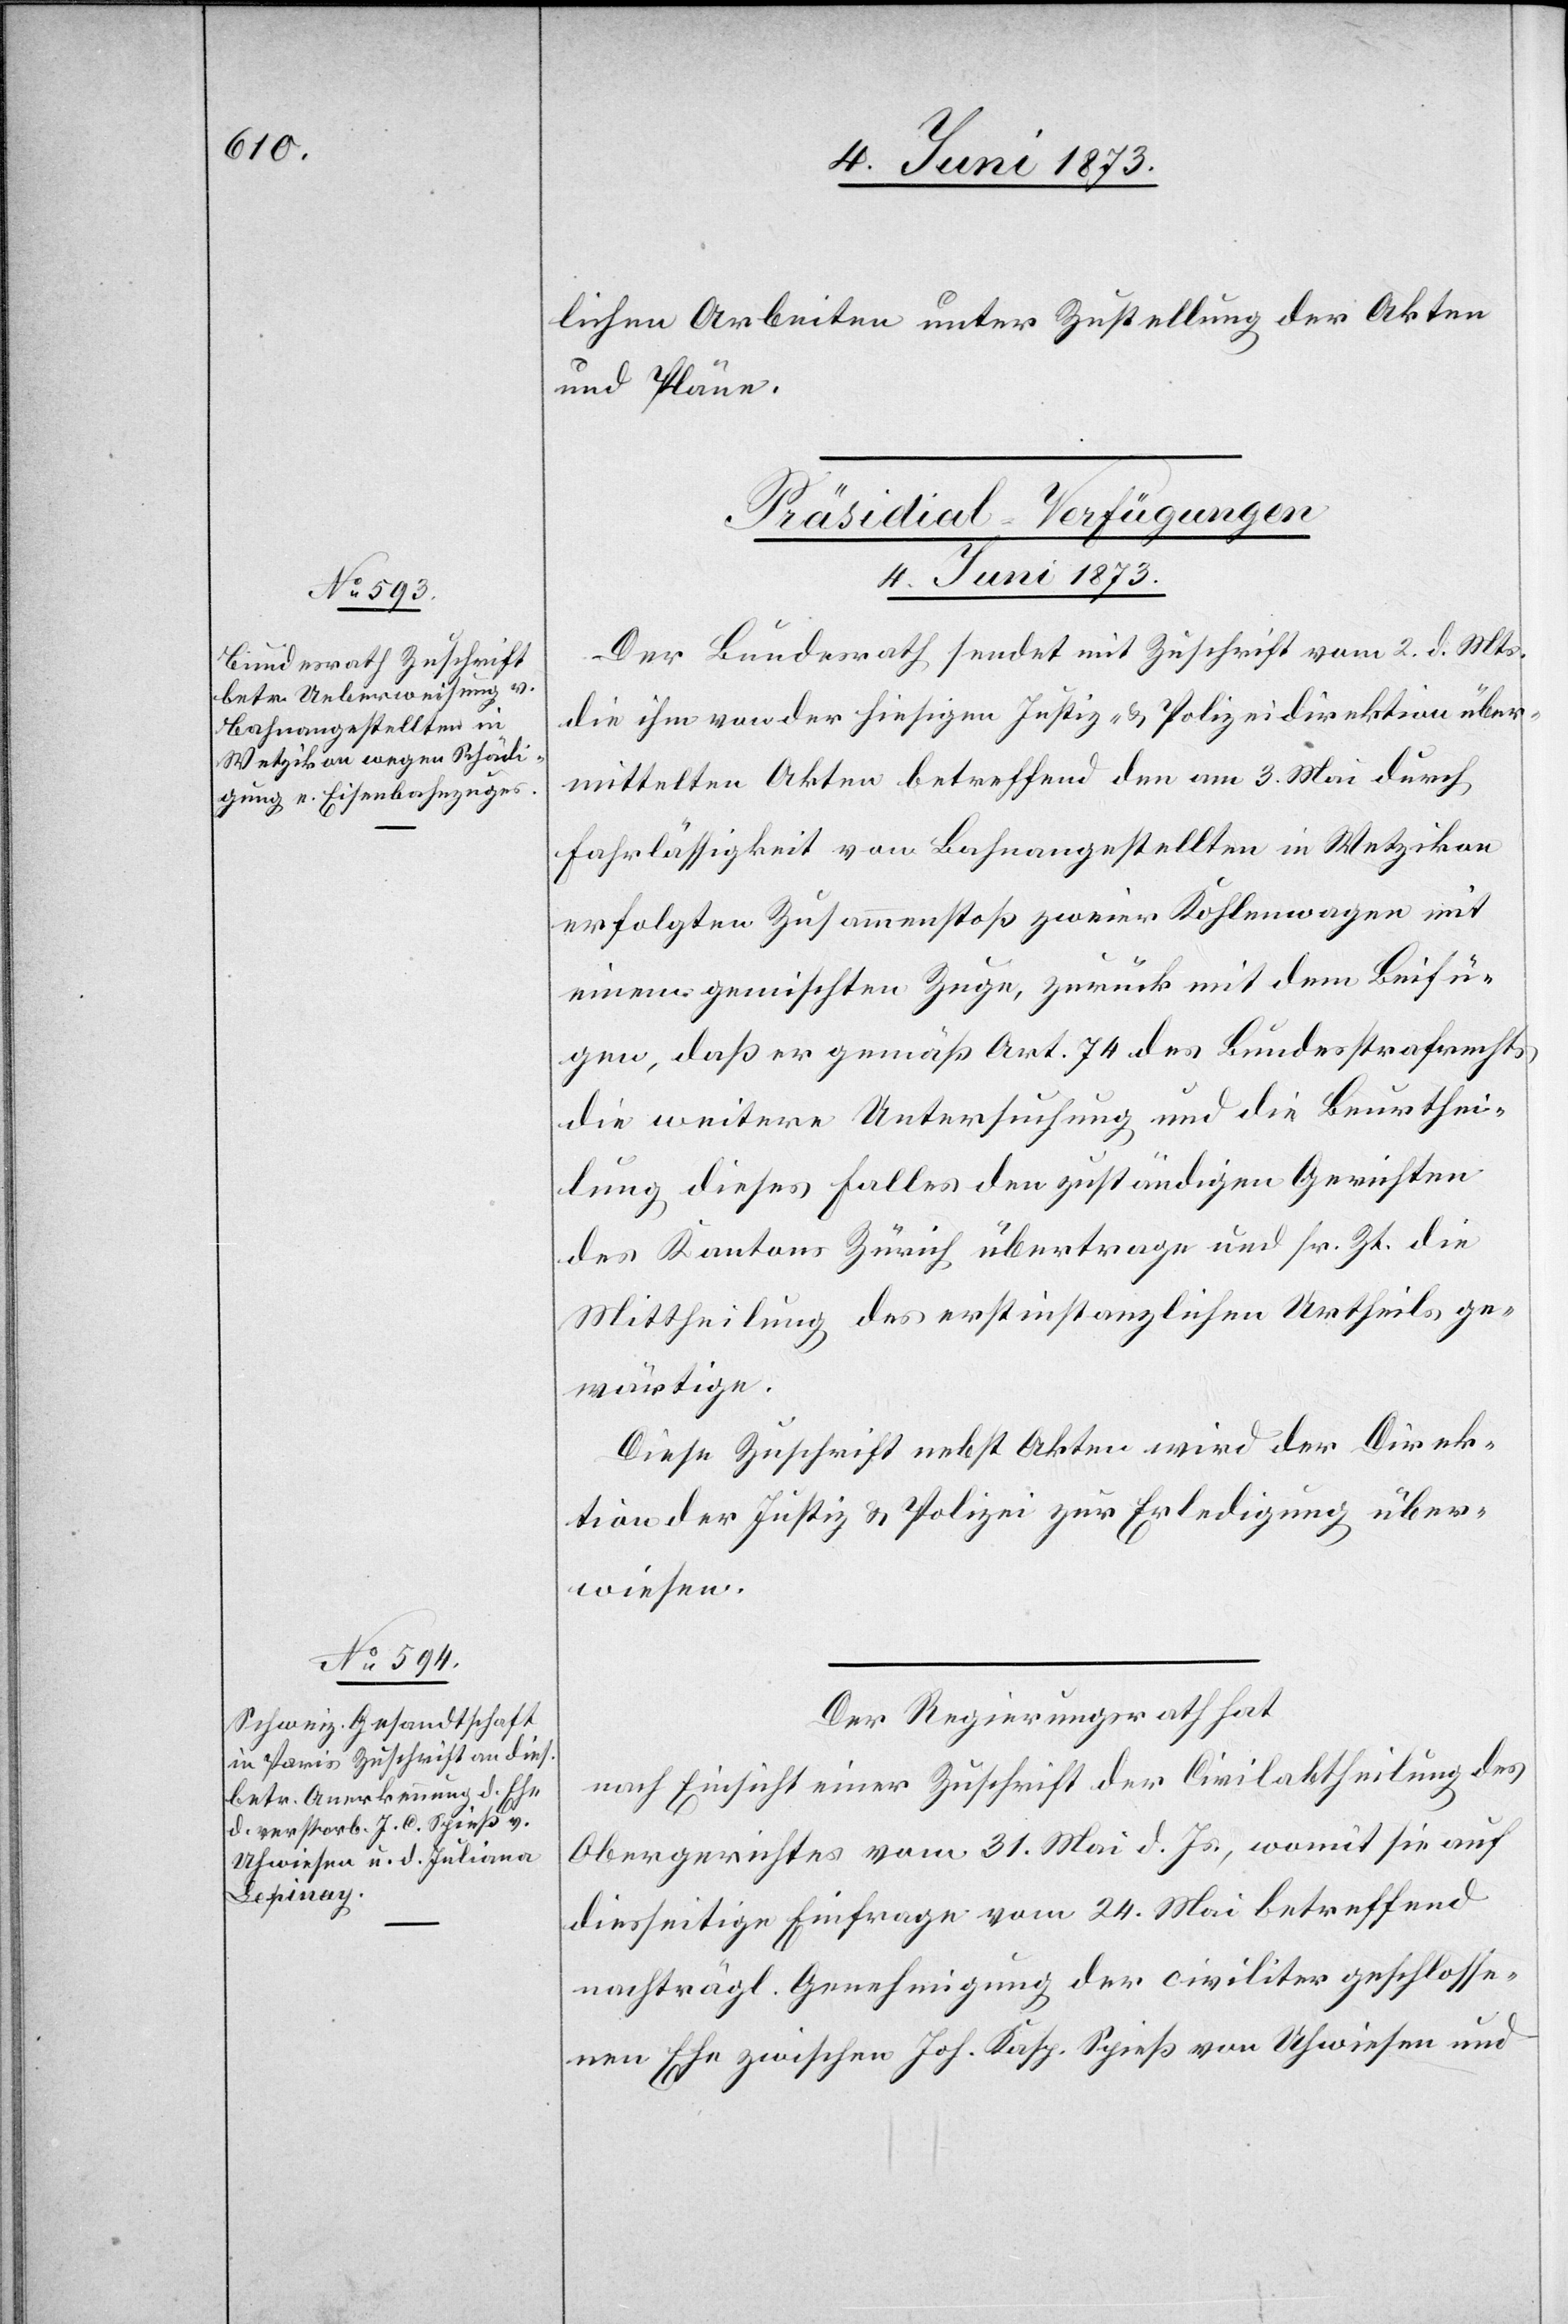
lichen Arbeiten unter Zustellung der Akten
und Pläne.
[Präsidial-Verfügungen
4. Juni 1873.]
Der Bundesrath sendet mit Zuschrift vom 2. d. Mts.
die ihm von der hiesigen Justiz- & Polizeidirektion über¬
mittelten Akten betreffend den am 3. Mai durch
Fahrlässigkeit von Bahnangestellten in Wetzikon
erfolgten Zusammenstoß zweier Kohlenwagen mit
einem gemischten Zuge, zurück mit dem Beifü¬
gen, daß er gemäß Art. 74 des Bundesstrafrechts
die weitere Untersuchung und die Beurthei¬
lung dieses Falles den zuständigen Gerichten
des Kantons Zürich übertrage und sr. Zt die
Mittheilung des erstinstanzlichen Urtheils ge¬
wärtige.
Diese Zuschrift nebst Akten wird der Direk¬
tion der Justiz & Polizei zur Erledigung über¬
wiesen.
Der Regierungsrath hat
nach Einsicht einer Zuschrift der Civilabtheilung des
Obergerichtes vom 31. Mai d. Js., womit sie auf
diesseitige Einfrage vom 24. Mai betreffend
nachträgl. Genehmigung der civiliter geschlosse¬
nen Ehe zwischen Joh. Kasp. Spieß von Uhwiesen und